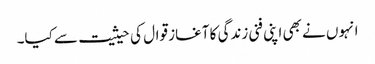
انہوں نے بھی اپنی فنی زندگی کا آغاز قوال کی حیثیت سے کیا۔